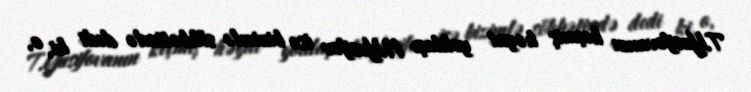
T.Yusifovanın keçmiş həyat yoldaşı N.Yusifov isə bizimlə söhbətində dedi ki, o,